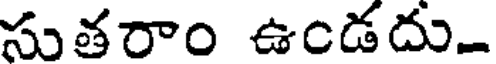
సుతరాం ఉండదు.